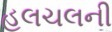
હલચલની